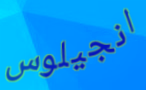
انجيلوس